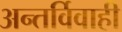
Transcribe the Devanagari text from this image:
अन्तर्विवाही